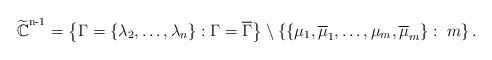
LaTeX: \begin{align*}\widetilde{\mathbb{C}}^{\textsuperscript{n-1}} = \left\{\Gamma =\{\lambda _{2},\ldots,\lambda _{n}\} : \Gamma =\overline{\Gamma}\right\} \setminus \left\{\{\mu_{1},\overline{\mu}_{1},\ldots,\mu_{m},\overline{\mu}_{m}\} : \ m\right\}.\end{align*}